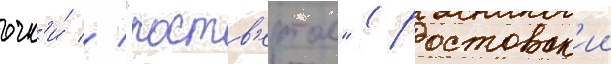
очк'и́ // "роств'ертол" (ростовск'ии